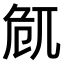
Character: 𠨜